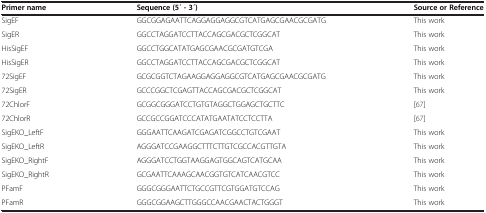
<table><thead><tr><td><b>Primer name</b></td><td><b>Sequence (5 ́ - 3 ́)</b></td><td><b>Source or Reference</b></td></tr></thead><tbody><tr><td>SigEF</td><td>GGCGGAGAATTCAGGAGGAGGCGTCATGAGCGAACGCGATG</td><td>This work</td></tr><tr><td>SigER</td><td>GGCCTAGGATCCTTACCAGCGACGCTCGGCAT</td><td>This work</td></tr><tr><td>HisSigEF</td><td>GGCCTGGCATATGAGCGAACGCGATGTCGA</td><td>This work</td></tr><tr><td>HisSigER</td><td>GGCCTAGGATCCTTACCAGCGACGCTCGGCAT</td><td>This work</td></tr><tr><td>72SigEF</td><td>GCGCGGTCTAGAAGGAGGAGGCGTCATGAGCGAACGCGATG</td><td>This work</td></tr><tr><td>72SigER</td><td>GCCCGGCTCGAGTTACCAGCGACGCTCGGCAT</td><td>This work</td></tr><tr><td>72ChlorF</td><td>GCGGCGGGATCCTGTGTAGGCTGGAGCTGCTTC</td><td>[67]</td></tr><tr><td>72ChlorR</td><td>GCCGCCGGATCCCATATGAATATCCTCCTTA</td><td>[67]</td></tr><tr><td>SigEKO_LeftF</td><td>GGGAATTCAAGATCGAGATCGGCCTGTCGAAT</td><td>This work</td></tr><tr><td>SigEKO_LeftR</td><td>AGGGATCCGAAGGCTTTCTTGTCGCCACGTTGTA</td><td>This work</td></tr><tr><td>SigEKO_RightF</td><td>AGGGATCCTGGTAAGGAGTGGCAGTCATGCAA</td><td>This work</td></tr><tr><td>SigEKO_RightR</td><td>GCGAATTCAAAGCAACGGTGTCATCAACGTCC</td><td>This work</td></tr><tr><td>PFamF</td><td>GGGCGGGAATTCTGCCGTTCGTGGATGTCCAG</td><td>This work</td></tr><tr><td>PFamR</td><td>GGGCGGAAGCTTGGGCCAACGAACTACTGGGT</td><td>This work</td></tr></tbody></table>